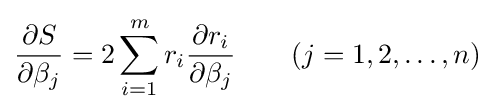
{\frac {\partial S}{\partial \beta _{j}}}=2\sum _{i=1}^{m}r_{i}{\frac {\partial r_{i}}{\partial \beta _{j}}}\qquad (j=1,2,\dots ,n)